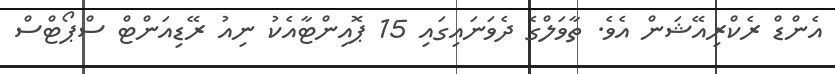
އެންޑް ރެކްރިއޭޝަން އެވެ. ތާވަލްގެ ދެވަނައިގައި 15 ޕޮއިންޓާއެކު ނިއު ރޭޑިއަންޓް ސްޕޯޓްސް